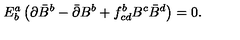
E _ { b } ^ { a } \left( \partial \bar { B } ^ { b } - \bar { \partial } B ^ { b } + f _ { c d } ^ { b } B ^ { c } \bar { B } ^ { d } \right) = 0 .